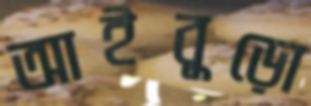
আইবুড়ো